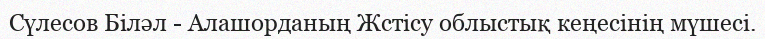
Сүлесoв Біләл - Алашорданың Жстісу облыстық кеңесінің мүшесі.